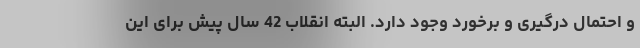
و احتمال درگیری و برخورد وجود دارد. البته انقلاب 42 سال پیش برای این